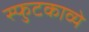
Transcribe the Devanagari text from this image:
स्फुटकाव्ये